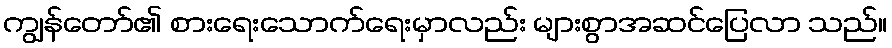
ကျွန်တော်၏ စားရေးသောက်ရေးမှာလည်း များစွာအဆင်ပြေလာ သည်။